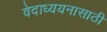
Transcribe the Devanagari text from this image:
वेदाध्ययनासाठी